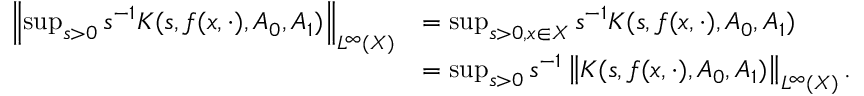
\begin{array} { r l } { \left\| \operatorname* { s u p } _ { s > 0 } s ^ { - 1 } K ( s , f ( x , \cdot ) , A _ { 0 } , A _ { 1 } ) \right\| _ { L ^ { \infty } ( X ) } } & { = \operatorname* { s u p } _ { s > 0 , x \in X } s ^ { - 1 } K ( s , f ( x , \cdot ) , A _ { 0 } , A _ { 1 } ) } \\ & { = \operatorname* { s u p } _ { s > 0 } s ^ { - 1 } \left\| K ( s , f ( x , \cdot ) , A _ { 0 } , A _ { 1 } ) \right\| _ { L ^ { \infty } ( X ) } . } \end{array}